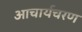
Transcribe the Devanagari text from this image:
आचार्यचरण